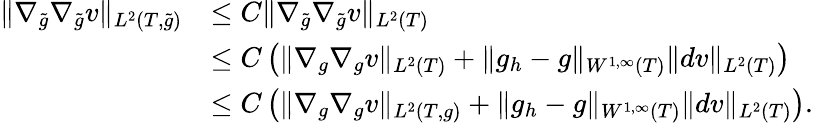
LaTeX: \begin{array}{rl}{\| \nabla_{\widetilde{g}}\nabla_{\widetilde{g}}v\| _{L^{2}(T,\widetilde{g})}}&{\le C\| \nabla_{\widetilde{g}}\nabla_{\widetilde{g}}v\| _{L^{2}(T)}}\\ &{\le C\left(\| \nabla_{g}\nabla_{g}v\| _{L^{2}(T)}+\| g_{h}-g\| _{W^{1,\infty}(T)}\| dv\| _{L^{2}(T)}\right)}\\ &{\le C\left(\| \nabla_{g}\nabla_{g}v\| _{L^{2}(T,g)}+\| g_{h}-g\| _{W^{1,\infty}(T)}\| dv\| _{L^{2}(T)}\right).}\end{array}